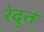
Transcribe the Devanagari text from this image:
रेदुत